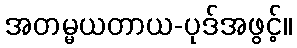
အတမ္မယတာယ-ပုဒ်အဖွင့်။